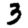
Digit: 3